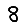
Digit: 8